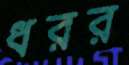
ধরর